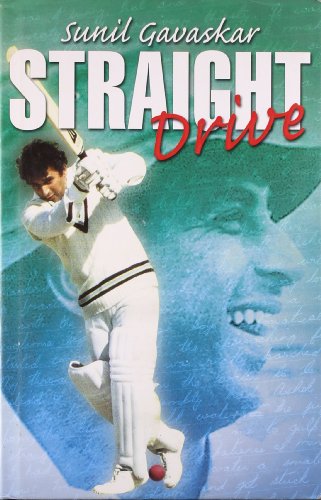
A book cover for Straight Drive; Sunil Gavaskar; Sports & Outdoors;